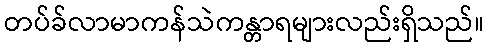
တပ်ခ်လာမာကန်သဲကန္တာရများလည်းရှိသည်။